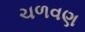
ચળવણ